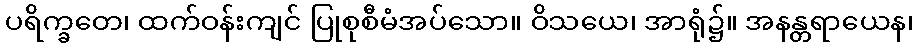
ပရိက္ခတေ၊ ထက်ဝန်းကျင် ပြုစုစီမံအပ်သော။ ဝိသယေ၊ အာရုံ၌။ အနန္တရာယေန၊